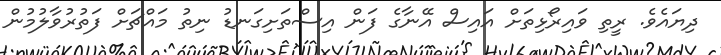
ދިޔައެވެ. ރީތި ވައިރޯޅިތަށް އައިސް އޭނާގެ ފަން އިސްތަށިގަނޑު ނިތު މައްޗަށް ފަތުރުވާލުމުން